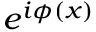
e ^ { i \phi ( x ) }